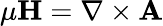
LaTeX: \mu\mathbf{H}=\nabla\times\mathbf{A}